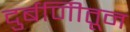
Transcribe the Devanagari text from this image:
दुर्बणिीतून